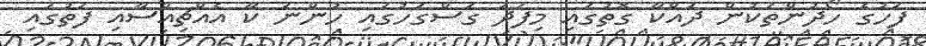
ފަހުގެ ހޯދުންތަކުން ދައްކާ ގޮތުގައި މިފަދަ ގަސްގަހުގައި ހުންނަ ކާ އެއްޗިއްސާއި ފަތުގައި